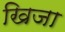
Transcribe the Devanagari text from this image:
खिजा